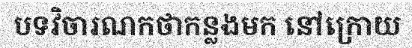
បទវិចារណកថាកន្លងមក នៅក្រោយ